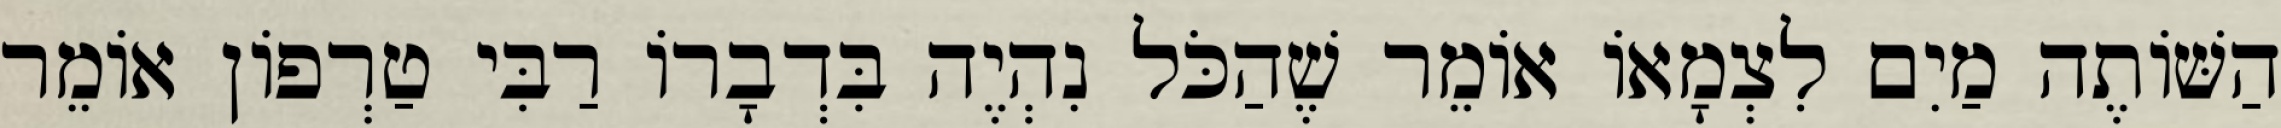
הַשּׁוֹתֶה מַיִם לִצְמָאוֹ אוֹמֵר שֶׁהַכֹּל נִהְיֶה בִּדְבָרוֹ רַבִּי טַרְפוֹן אוֹמֵר